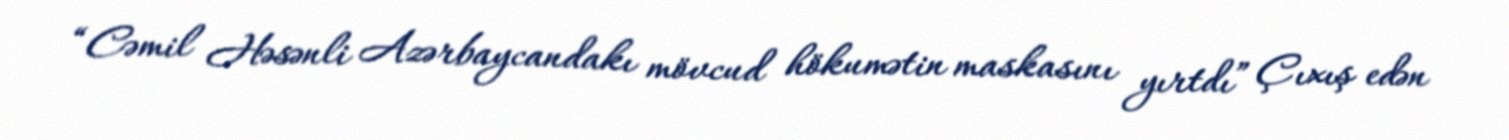
“Cəmil Həsənli Azərbaycandakı mövcud hökumətin maskasını yırtdı” Çıxış edən